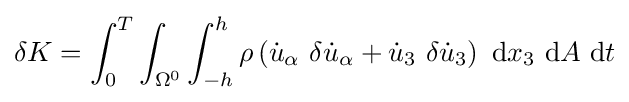
\delta K=\int _{0}^{T}\int _{\Omega ^{0}}\int _{-h}^{h}\rho \left({\dot {u}}_{\alpha }~\delta {\dot {u}}_{\alpha }+{\dot {u}}_{3}~\delta {\dot {u}}_{3}\right)~\mathrm {d} x_{3}~\mathrm {d} A~\mathrm {d} t